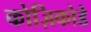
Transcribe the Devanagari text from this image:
कोज़िकोडे